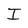
Character: I